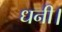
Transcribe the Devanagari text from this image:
धनी।